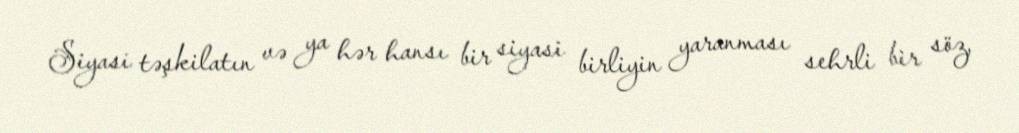
Siyasi təşkilatın və ya hər hansı bir siyasi birliyin yaranması sehrli bir söz,